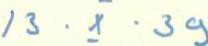
13 . X . 39